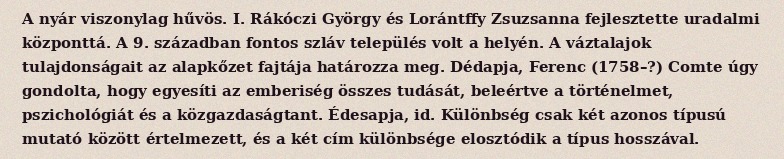
A nyár viszonylag hűvös. I. Rákóczi György és Lorántffy Zsuzsanna fejlesztette uradalmi központtá. A 9. században fontos szláv település volt a helyén. A váztalajok tulajdonságait az alapkőzet fajtája határozza meg. Dédapja, Ferenc (1758–?) Comte úgy gondolta, hogy egyesíti az emberiség összes tudását, beleértve a történelmet, pszichológiát és a közgazdaságtant. Édesapja, id. Különbség csak két azonos típusú mutató között értelmezett, és a két cím különbsége elosztódik a típus hosszával.